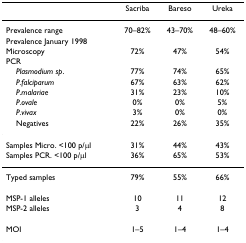
|  | Sacriba | Bareso | Ureka |
 | --- | --- | --- | --- |
 | Prevalence range | 70–82% | 43–70% | 48–60% |
 | Prevalence January 1998 |  |  |  |
 | Microscopy | 72% | 47% | 54% |
 | PCR |  |  |  |
 | Plasmodium sp. | 77% | 74% | 65% |
 | P.falciparum | 67% | 63% | 62% |
 | P.malariae | 31% | 23% | 10% |
 | P.ovale | 0% | 0% | 5% |
 | P.vivax | 3% | 0% | 0% |
 | Negatives | 22% | 26% | 35% |
 | Samples Micro. <100 p/μl | 31% | 44% | 43% |
 | Samples PCR. <100 p/μl | 36% | 65% | 53% |
 | Typed samples | 79% | 55% | 66% |
 | MSP-1 alleles | 10 | 11 | 12 |
 | MSP-2 alleles | 3 | 4 | 8 |
 | MOI | 1–5 | 1–4 | 1–4 |